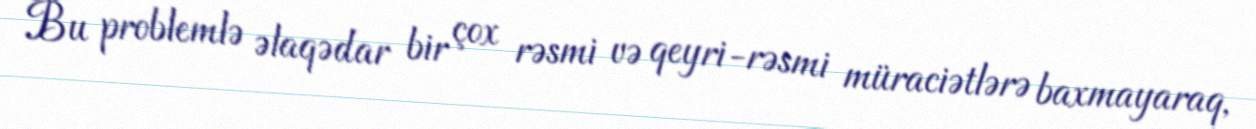
Bu problemlə əlaqədar bir çox rəsmi və qeyri-rəsmi müraciətlərə baxmayaraq,